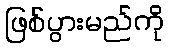
ဖြစ်ပွားမည်ကို